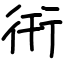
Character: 衎